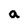
Character: a